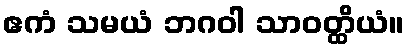
ဧကံ သမယံ ဘဂဝါ သာဝတ္ထိယံ။